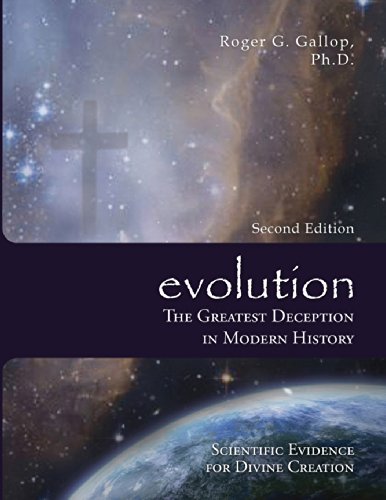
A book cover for evolution - The Greatest Deception in Modern History (Scientific Evidence for Divine Creation - Creation vs Evolution); Roger G. Gallop; Christian Books & Bibles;